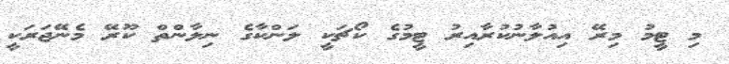
މި ޓީމު މިރޭ އިއުލާނުކުރާއިރު ޓީމުގެ ކޯޗަކީ ލަންކާގެ ނިލާންތް ކޫރޭ މެނޭޖަރަކީ